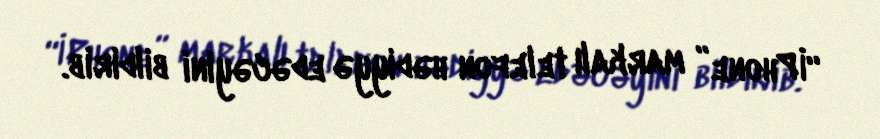
“İPhone” markalı telefon hədiyyə edəcəyini bildirib.